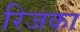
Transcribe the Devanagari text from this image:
रिजका